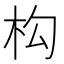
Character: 构